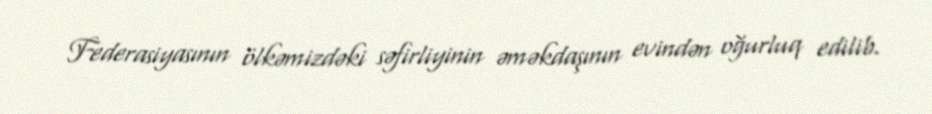
Federasiyasının ölkəmizdəki səfirliyinin əməkdaşının evindən oğurluq edilib.